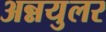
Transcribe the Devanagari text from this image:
अन्नयुलर